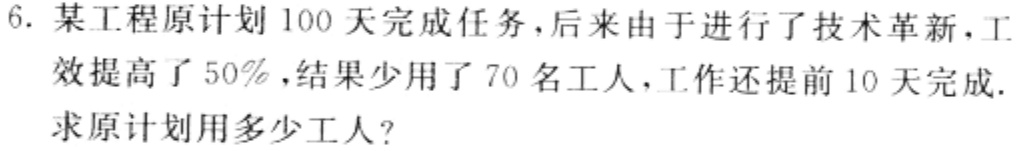
6. 某工程原计划 100 天完成任务，后来由于进行了技术革新，工效提高了 50%，结果少用了 70 名工人，工作还提前 10 天完成. 求原计划用多少工人?